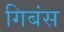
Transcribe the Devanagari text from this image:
गिबंस